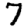
Digit: 7